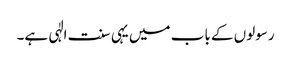
رسولوں کے باب میں یہی سنت الٰہی ہے۔